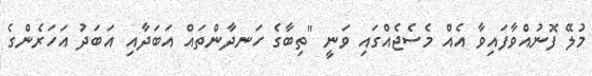
މުލޭ ފޮނުއްވާފައިވާ އެއް މެސެޖެއްގައި ވަނީ "ތިބާގެ ހަނދާންތައް އަބަދާއި އަބަދު އަހަރެންގެ